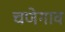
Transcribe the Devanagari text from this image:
चणेगाव